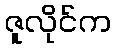
ဇူလိုင်က